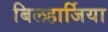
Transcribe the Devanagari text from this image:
बिलहार्जिया